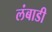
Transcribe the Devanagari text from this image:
लंबाडी